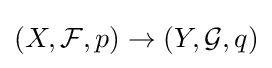
(X,{\mathcal {F}},p)\to (Y,{\mathcal {G}},q)